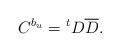
LaTeX: \begin{align*}C^{b_u} = {^{t}D\overline{D}}. \end{align*}